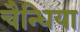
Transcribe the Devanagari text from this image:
चैन्धिया